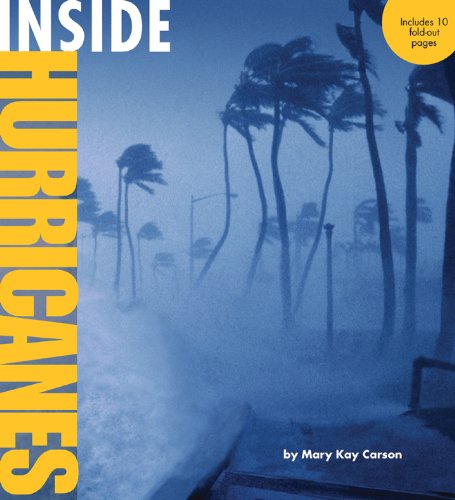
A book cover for Inside Hurricanes (Inside Series); Mary Kay Carson; Science & Math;